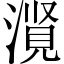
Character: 𪷃